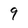
Character: 9